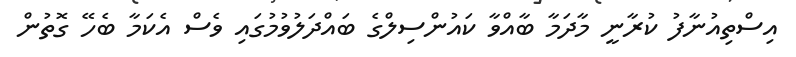
އިސްތިއުނާފު ކުރާނީ މާދަމާ ބާއްވާ ކައުންސިލްގެ ބައްދަލުވުމުގައި ވެސް އެކަމާ ބެހޭ ގޮތުން